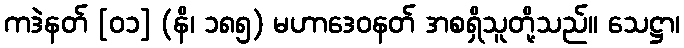
ကဒဲနတ် [၀၁] (နိ၊ ၁၈၅) မဟာဒေဝနတ် အစရှိသူတို့သည်။ သေဋ္ဌာ၊